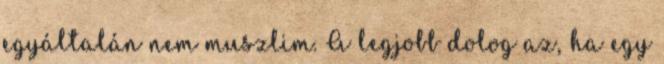
egyáltalán nem muszlim. A legjobb dolog az, ha egy